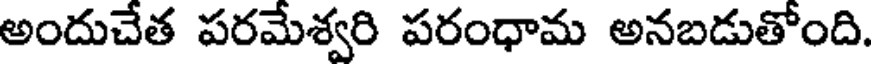
అందుచేత పరమేశ్వరి పరంధామ అనబడుతోంది.